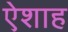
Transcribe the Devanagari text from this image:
ऐशाह